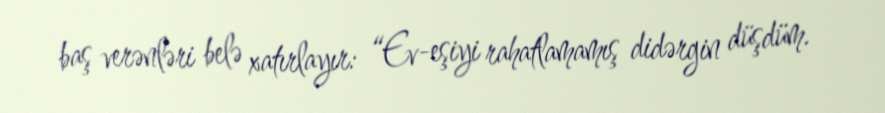
baş verənləri belə xatırlayır: “Ev-eşiyi rahatlamamış didərgin düşdüm.